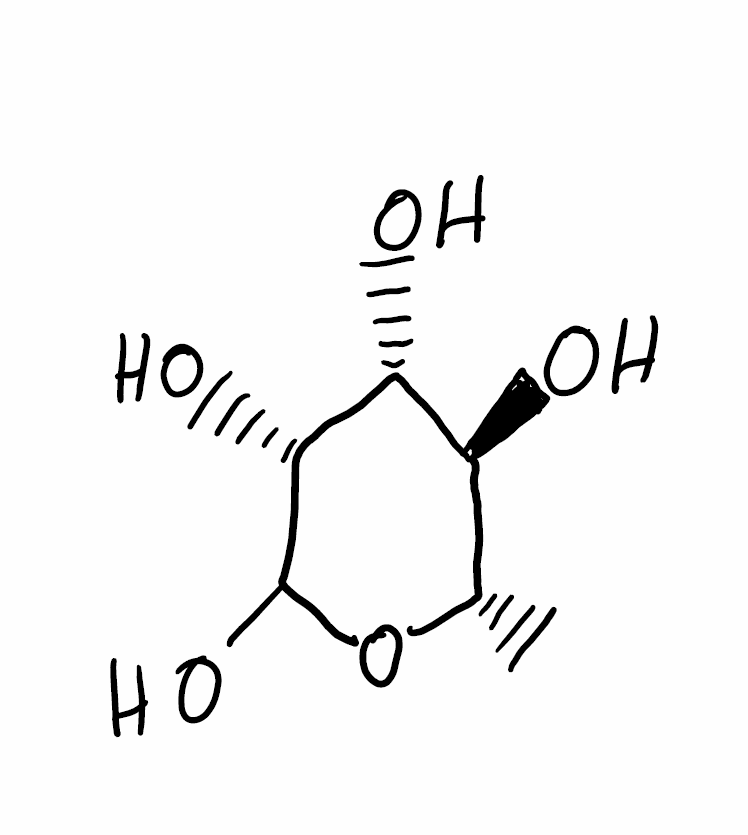
Simplified molecular-input line-entry system (SMILES) notation of the given molecule:
C[C@H]1[C@@H]([C@H]([C@H](C(O1)O)O)O)O